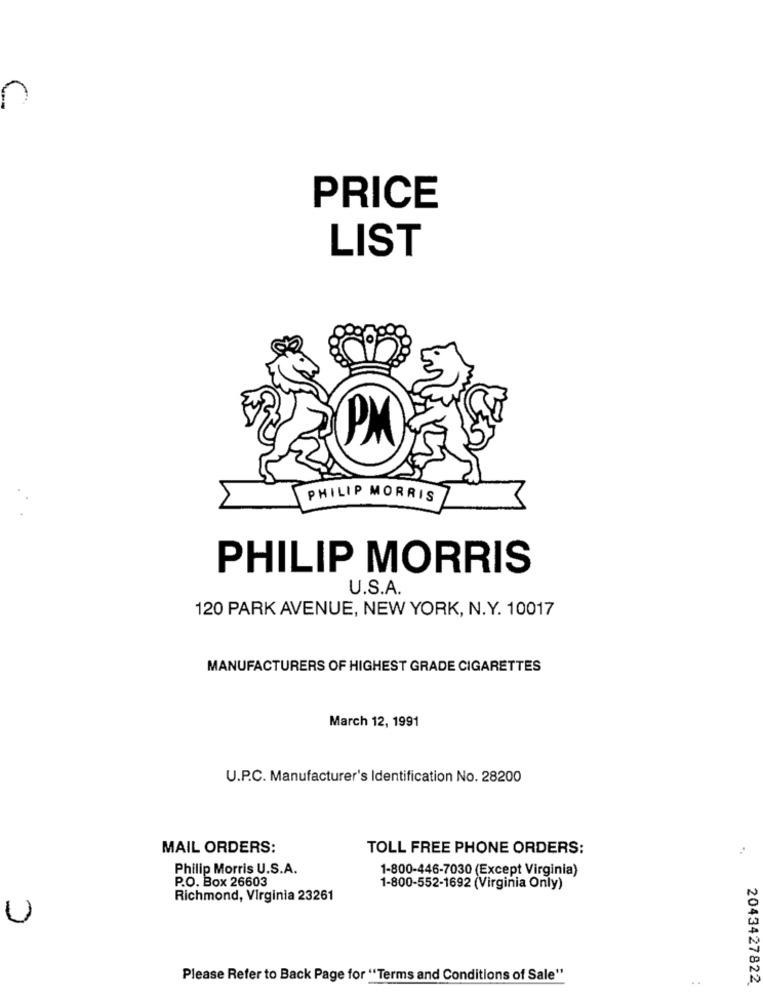
PRICE
LIST
PM
PHILIP MORRIS
PHILIP MORRIS
U.S.A.
120 PARK AVENUE, NEW YORK, N.Y. 10017
MANUFACTURERS OF HIGHEST GRADE CIGARETTES
March 12, 1991
U.P.C. Manufacturer's Identification No. 28200
MAIL ORDERS:
TOLL FREE PHONE ORDERS:
Philip Morris U.S.A.
1-800-446-7030 (Except Virginia)
P.O. Box 26603
1-800-552-1692 (Virginia Only)
Richmond, Virginia 23261
U
Please Refer to Back Page for "Terms and Conditions of Sale"
2043427822